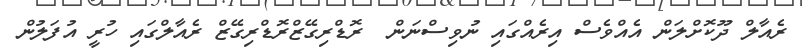
ރެއާލް ދޫކޮށްލަން އެއްވެސް އިރެއްގައި ނުވިސްނަން  ރޮޑްރިގޭޒްރޮޑްރިގޭޒް ރެއާލްގައި ހުރީ އުފަލުން